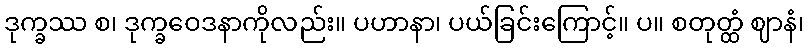
ဒုက္ခဿ စ၊ ဒုက္ခဝေဒနာကိုလည်း။ ပဟာနာ၊ ပယ်ခြင်းကြောင့်။ ပ။ စတုတ္ထံ ဈာနံ၊